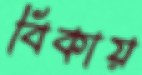
বিকায়